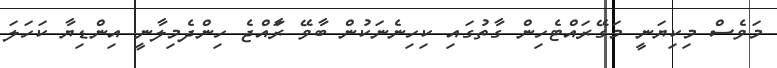
މަވެސް މިކިޔަނީ މަގޭރައްޓެހިން ގާތުގައި ކިހިނެނަކުން ބާވޭ ރަާއްޖެ ހިންދެމިލާނީ އިންޑިޔާ ކަހަލަ